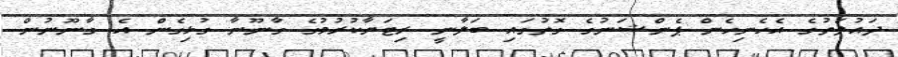
ދައުލަތުގެ އެހެނިހެން ޕެންޝަނުގެ ގޮތުގައި ބަލާނީ ރިޓަޔާކުރުމުގެ ގާނޫނާ ގުޅިގެން އެ ގާނޫނުން